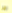
جرا